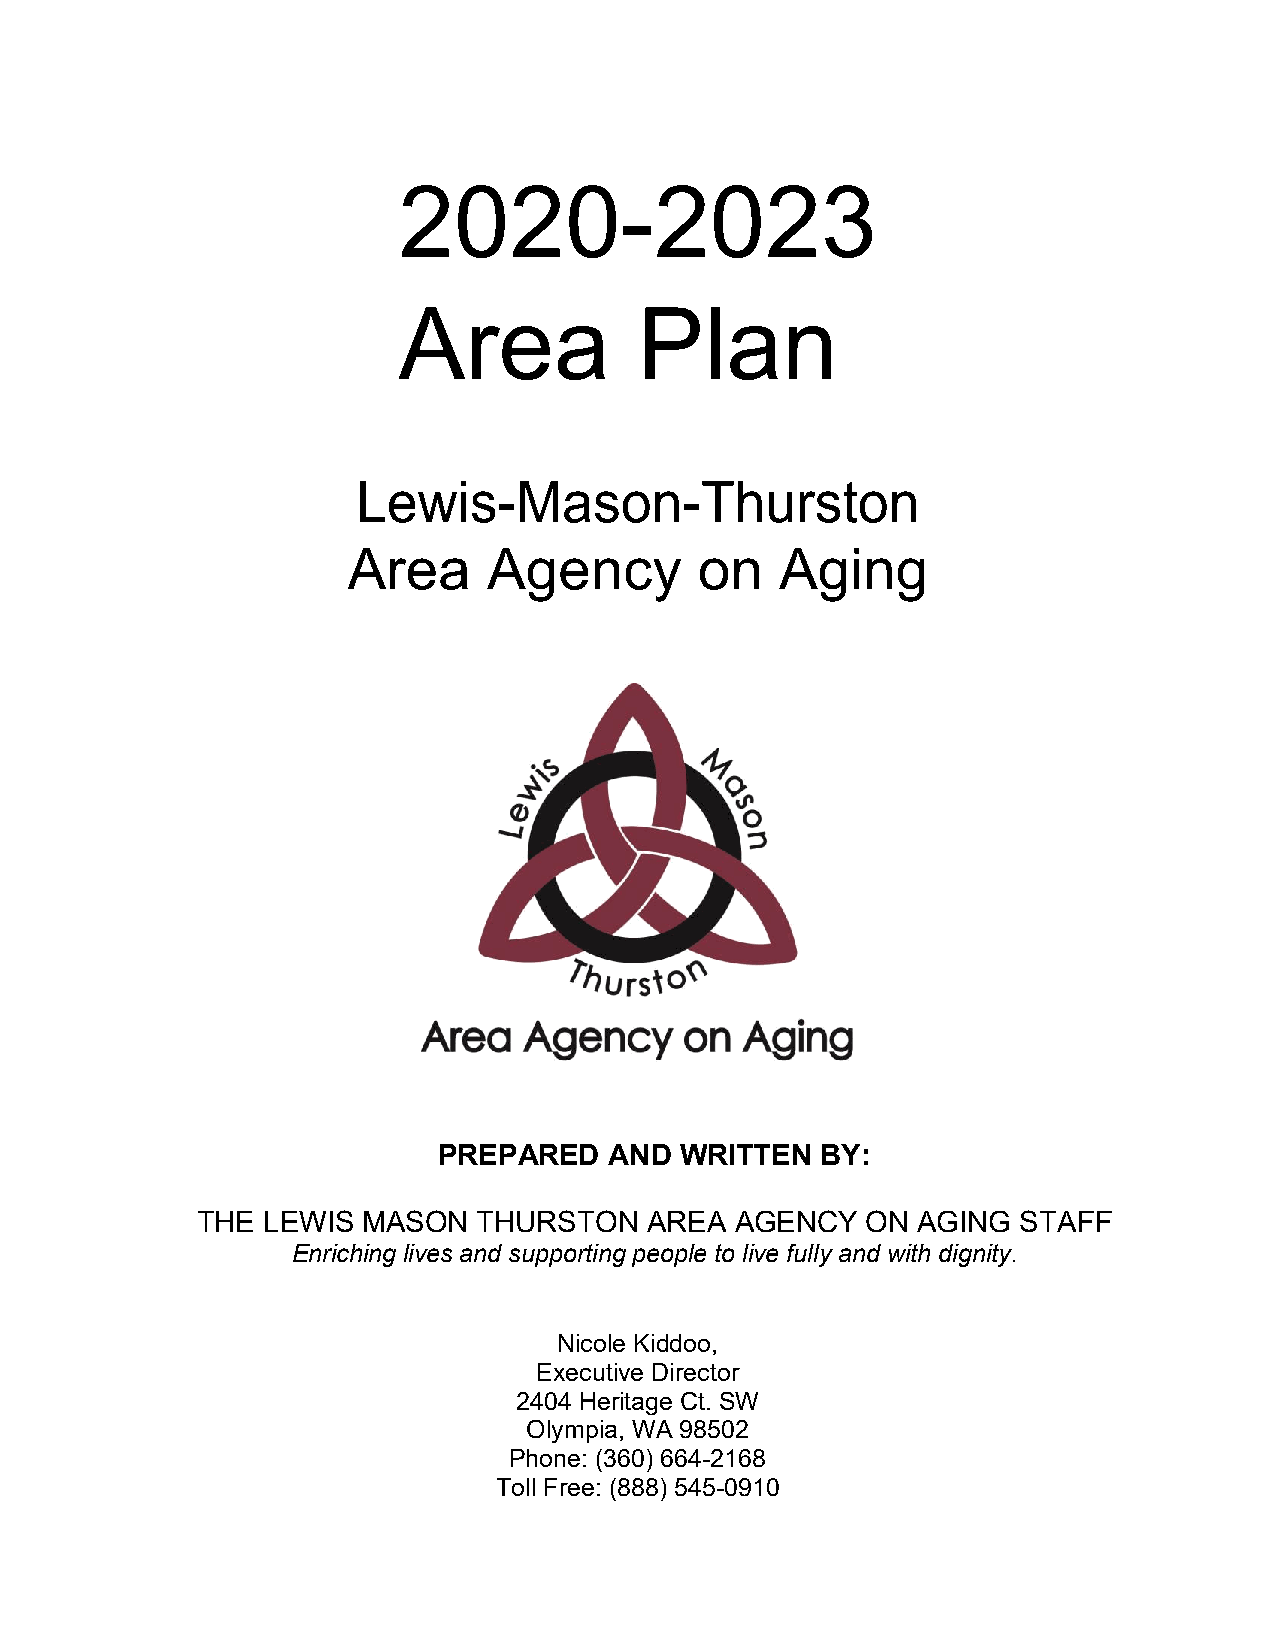
2020-2023
 Area            Plan
 Lewis-Mason-Thurston
 Area     Agency        on    Aging
 PREPARED   AND  WRITTEN  BY:
 THE LEWIS  MASON   THURSTON   AREA  AGENCY  ON  AGING  STAFF
 Enriching lives and supporting people to live fully and with dignity.
 Nicole Kiddoo,
 Executive Director
 2404 Heritage Ct. SW
 Olympia, WA 98502
 Phone: (360) 664-2168
 Toll Free: (888) 545-0910